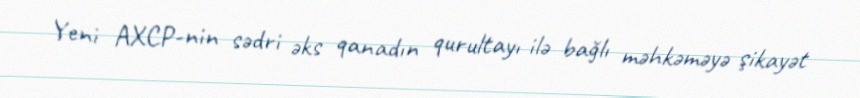
Yeni AXCP-nin sədri əks qanadın qurultayı ilə bağlı məhkəməyə şikayət